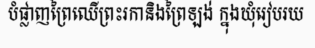
បំផ្លាញព្រៃឈើព្រះរកានិងព្រៃឡង់ ក្នុងឃុំរៀបរយ